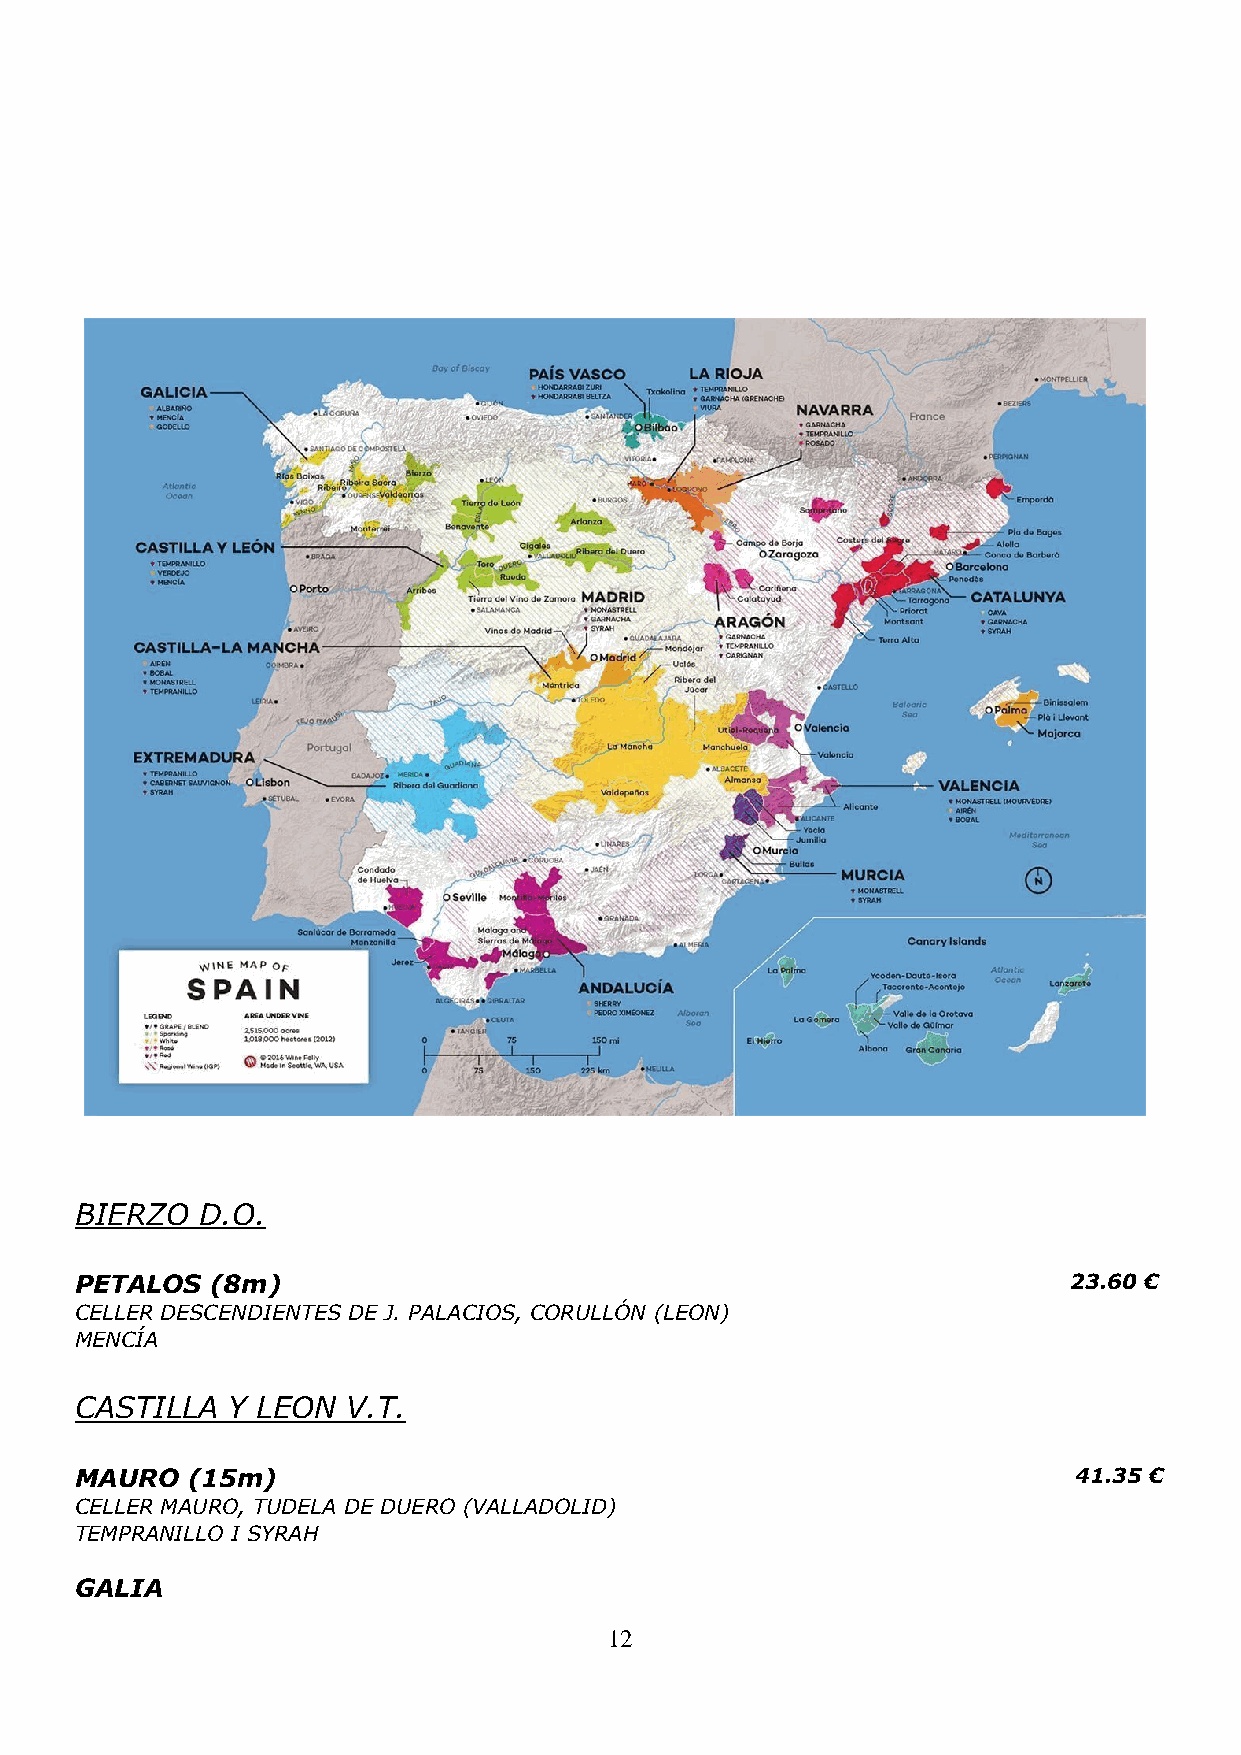
BIERZO  D.O.
 PETALOS  (8m)                                                     23.60 €
 CELLER DESCENDIENTES DE J. PALACIOS, CORULLÓN (LEON)
 MENCÍA
 CASTILLA  Y LEON  V.T.
 MAURO  (15m)                                                      41.35 €
 CELLER MAURO, TUDELA DE DUERO (VALLADOLID)
 TEMPRANILLO I SYRAH
 GALIA
 12